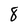
Character: 8